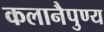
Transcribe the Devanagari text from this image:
कलानैपुण्य